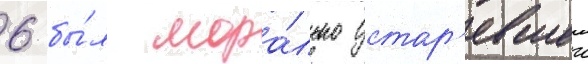
6 бы́л мора́льно устар'евшеи